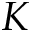
K